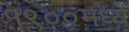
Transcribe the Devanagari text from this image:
१९००मध्ये